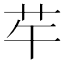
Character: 𦬶